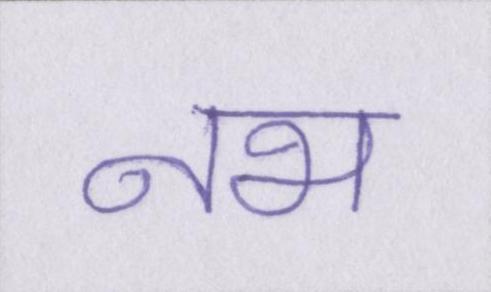
नभ